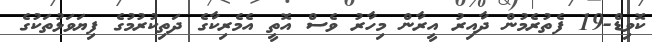
ކޮވިޑް-19 ފެތުރެމުން ދާއިރު އީރާން މިހާރު ވެސް އޮތީ އެމެރިކާގެ ދަތިކުރުމުގެ ފިޔަވަޅުތަކުގެ